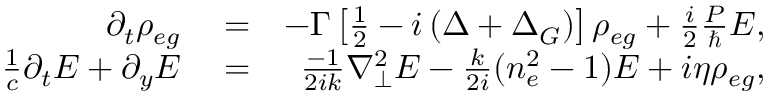
\begin{array} { r l r } { \partial _ { t } { \rho _ { e g } } } & { { } = } & { - \Gamma \left[ \frac { 1 } { 2 } - i \left( \Delta + \Delta _ { G } \right) \right] \rho _ { e g } + \frac { i } { 2 } \frac { P } { \hbar } E , } \\ { \frac { 1 } { c } \partial _ { t } E + \partial _ { y } E } & { { } = } & { \frac { - 1 } { 2 i k } \nabla _ { \perp } ^ { 2 } E - \frac { k } { 2 i } ( n _ { e } ^ { 2 } - 1 ) E + i \eta \rho _ { e g } , } \end{array}